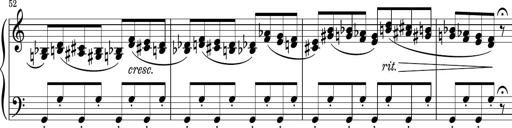
Title: Sonatina PandemÃ³nium
Composer: VÃ­ctor Carbajo
Key: C major